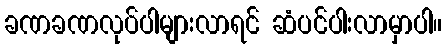
ခဏခဏလုပ်ပါများလာရင် ဆံပင်ပါးလာမှာပါ။